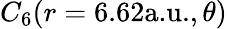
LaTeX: C_{6}(r=6.62\textrm{a.u.},\theta)